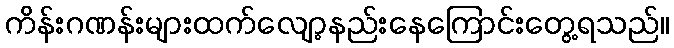
ကိန်းဂဏန်းများထက်လျော့နည်းနေကြောင်းတွေ့ရသည်။